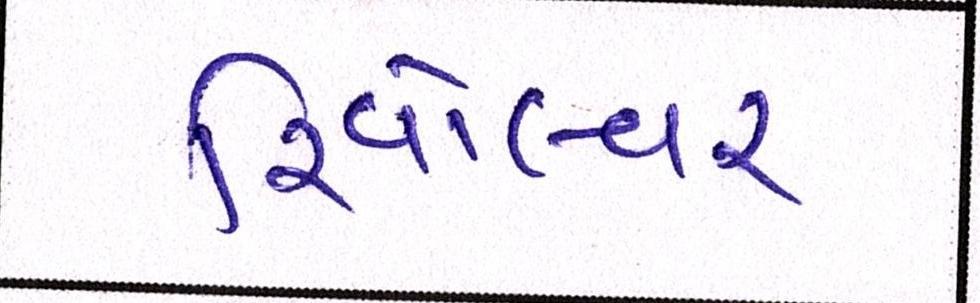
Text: રિવૉલ્વર